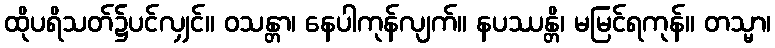
ထိုပရိသတ်၌ပင်လျှင်။ ဝသန္တာ၊ နေပါကုန်လျက်။ နပဿန္တိ၊ မမြင်ရကုန်။ တသ္မာ၊